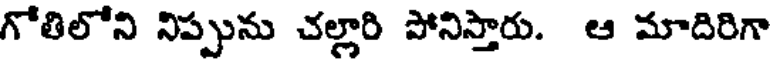
గోతిలోని నిప్పును చల్లారి పోనిస్తారు. ఆ మాదిరిగా